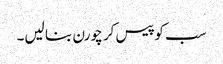
سب کو پیس کر چورن بنا لیں۔